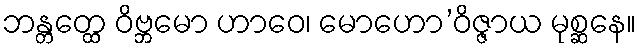
ဘန္တတ္ထေ ဝိဗ္ဘမော ဟာဝေ၊ မောဟော’ဝိဇ္ဇာယ မုစ္ဆနေ။